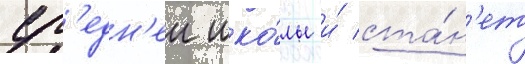
ср'едн'еи шко́лы и́ ста́н'ет